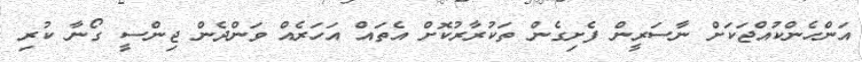
އަންހެންކުއްޖަކަށް ނާސަރީން ފެށިގެން ތަކުރާރުކޮށް އެތައް އަހަރެއް ވަންދެން ޖިންސީ ގޯނާ ކުރި